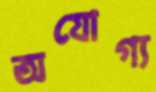
অযোগ্য